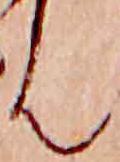
ん